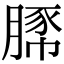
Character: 𧱔